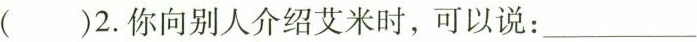
( )2.你向别人介绍艾米时,可以说:___